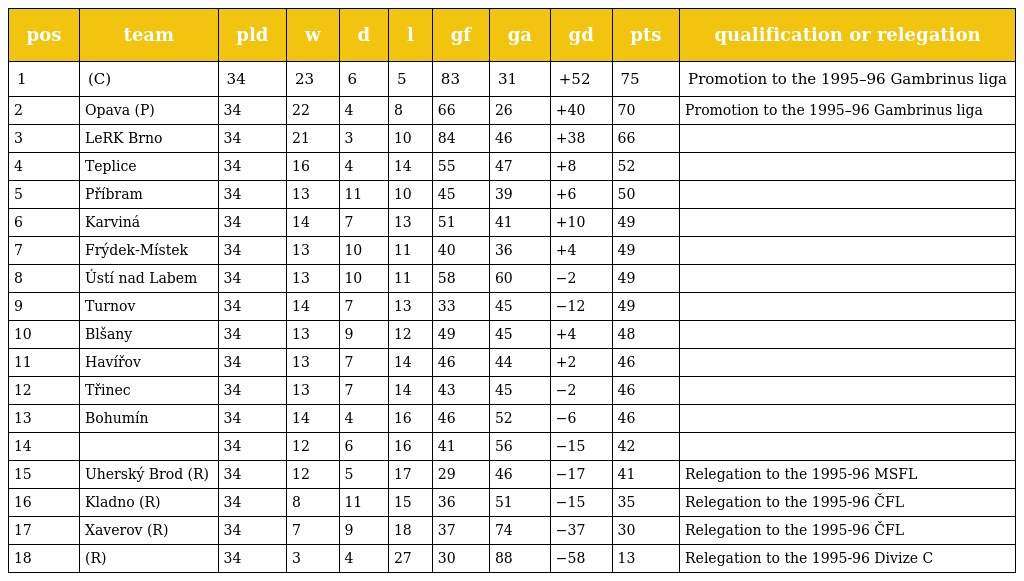
| pos | team | pld | w | d | l | gf | ga | gd | pts | qualification or relegation |
 | --- | --- | --- | --- | --- | --- | --- | --- | --- | --- | --- |
 | 1 | (C) | 34 | 23 | 6 | 5 | 83 | 31 | +52 | 75 | Promotion to the 1995–96 Gambrinus liga |
 | 2 | Opava (P) | 34 | 22 | 4 | 8 | 66 | 26 | +40 | 70 | Promotion to the 1995–96 Gambrinus liga |
 | 3 | LeRK Brno | 34 | 21 | 3 | 10 | 84 | 46 | +38 | 66 |  |
 | 4 | Teplice | 34 | 16 | 4 | 14 | 55 | 47 | +8 | 52 |  |
 | 5 | Příbram | 34 | 13 | 11 | 10 | 45 | 39 | +6 | 50 |  |
 | 6 | Karviná | 34 | 14 | 7 | 13 | 51 | 41 | +10 | 49 |  |
 | 7 | Frýdek-Místek | 34 | 13 | 10 | 11 | 40 | 36 | +4 | 49 |  |
 | 8 | Ústí nad Labem | 34 | 13 | 10 | 11 | 58 | 60 | −2 | 49 |  |
 | 9 | Turnov | 34 | 14 | 7 | 13 | 33 | 45 | −12 | 49 |  |
 | 10 | Blšany | 34 | 13 | 9 | 12 | 49 | 45 | +4 | 48 |  |
 | 11 | Havířov | 34 | 13 | 7 | 14 | 46 | 44 | +2 | 46 |  |
 | 12 | Třinec | 34 | 13 | 7 | 14 | 43 | 45 | −2 | 46 |  |
 | 13 | Bohumín | 34 | 14 | 4 | 16 | 46 | 52 | −6 | 46 |  |
 | 14 |  | 34 | 12 | 6 | 16 | 41 | 56 | −15 | 42 |  |
 | 15 | Uherský Brod (R) | 34 | 12 | 5 | 17 | 29 | 46 | −17 | 41 | Relegation to the 1995-96 MSFL |
 | 16 | Kladno (R) | 34 | 8 | 11 | 15 | 36 | 51 | −15 | 35 | Relegation to the 1995-96 ČFL |
 | 17 | Xaverov (R) | 34 | 7 | 9 | 18 | 37 | 74 | −37 | 30 | Relegation to the 1995-96 ČFL |
 | 18 | (R) | 34 | 3 | 4 | 27 | 30 | 88 | −58 | 13 | Relegation to the 1995-96 Divize C |